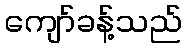
ကျော်ခန့်သည်